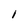
Character: I